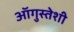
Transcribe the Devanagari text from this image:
ऑगुस्तेशी